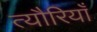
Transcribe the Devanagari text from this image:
त्यौरियाँ